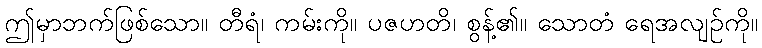
ဤမှာဘက်ဖြစ်သော။ တီရံ၊ ကမ်းကို။ ပဇဟတိ၊ စွန့်၏။ သောတံ ရေအလျဉ်ကို။